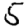
Digit: 5